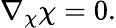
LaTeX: \nabla_{\chi}{\chi}=0.